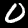
Label: 0